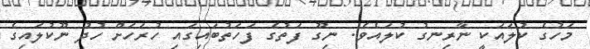
މަހުގެ ކުލައަކީ ނާރިނގު ކުލައެވެ. ނިގޫ ފަތުގެ ފަހަތުބައިގައި ހުރަހަށް ހުދު ނޫކުލައިގެ